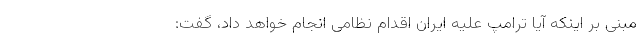
مبنی بر اینکه آیا ترامپ علیه ایران اقدام نظامی انجام خواهد داد، گفت: